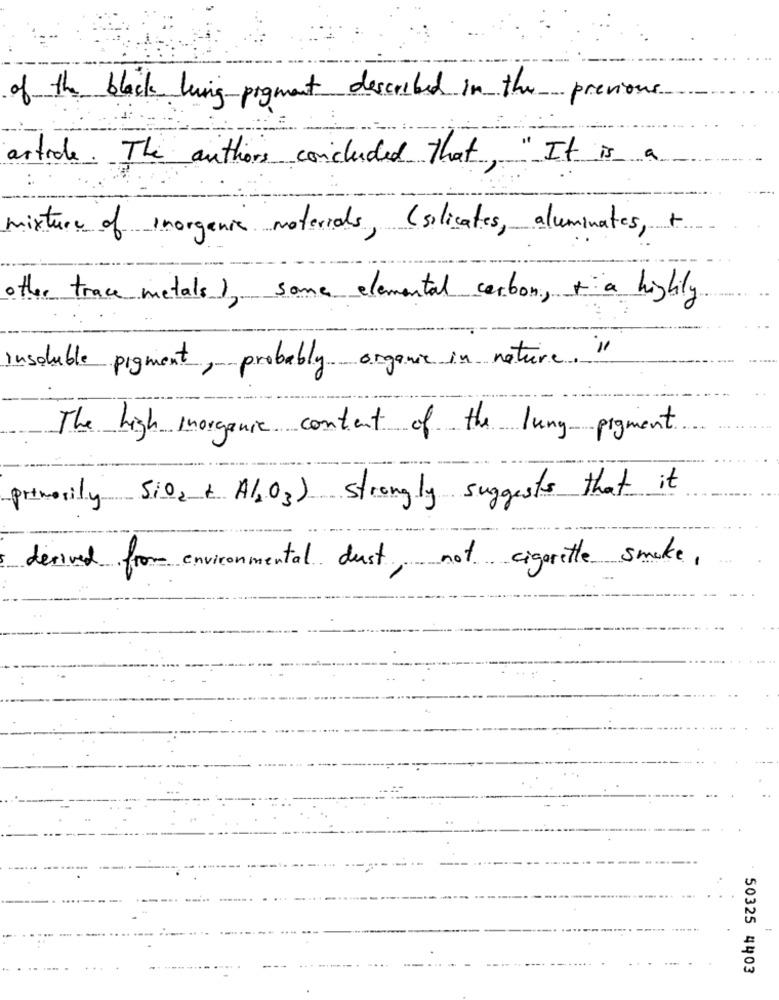
of the black ling pigment described in the previous
article. The authors concluded that, " It is a
mixture of inorganic materials, (silicates, aluminates, +
other trace metals), some elemental carbon, + a highly
insoluble pigment, probably organic in nature. "
The high inorganic content of the lung pigment.
--
primarily Si02+ Al2O3) strongly suggests that it
derived from environmental dust, not cigarette smoke,
50325 4403